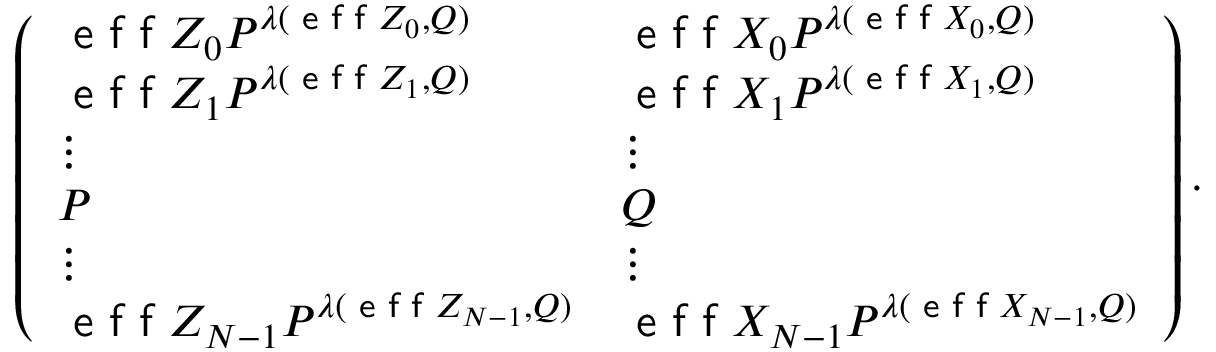
\begin{array} { r l } & { \left( \begin{array} { l l } { \textsf { e f f } Z _ { 0 } P ^ { \lambda ( \textsf { e f f } Z _ { 0 } , Q ) } } & { \textsf { e f f } X _ { 0 } P ^ { \lambda ( \textsf { e f f } X _ { 0 } , Q ) } } \\ { \textsf { e f f } Z _ { 1 } P ^ { \lambda ( \textsf { e f f } Z _ { 1 } , Q ) } } & { \textsf { e f f } X _ { 1 } P ^ { \lambda ( \textsf { e f f } X _ { 1 } , Q ) } } \\ { \vdots } & { \vdots } \\ { P } & { Q } \\ { \vdots } & { \vdots } \\ { \textsf { e f f } Z _ { N - 1 } P ^ { \lambda ( \textsf { e f f } Z _ { N - 1 } , Q ) } } & { \textsf { e f f } X _ { N - 1 } P ^ { \lambda ( \textsf { e f f } X _ { N - 1 } , Q ) } } \end{array} \right) . } \end{array}